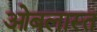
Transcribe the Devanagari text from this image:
ओबलास्त